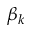
\beta _ { k }